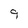
Character: 9